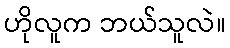
ဟိုလူက ဘယ်သူလဲ။